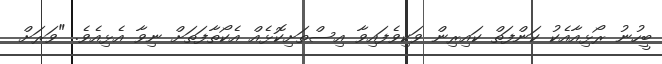
ބީހުނު ރޯޅިއާއެކު ކަންފަތް ކައިރިން ވަކިވެފައިވާ އިސްތަށިކޮޅެއް އެކޯތާފަތަށް ނިވާ އެޅިއެވެ. "ވަރަށް